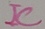
Text: IC